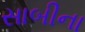
સાબીના